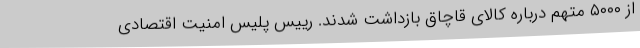
از ۵۰۰۰ متهم درباره کالای قاچاق بازداشت شدند. رییس پلیس امنیت اقتصادی